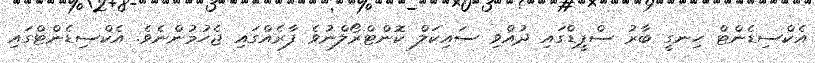
އެކްސިޑެންޓް ހިނގީ ބާރު ސްޕީޑްގައި ދުއްވި ސައިކަލް ކޮންޓްރޯލްނުވެ ފާރެއްގައި ޖެހުމުންނެވެ. އެކްސިޑެންޓްގައި